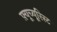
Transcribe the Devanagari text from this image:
फ़्यूच्यूरिस्ट